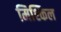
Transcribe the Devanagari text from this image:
मिश्किल